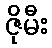
ဇိုမီး